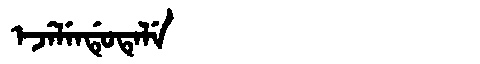
Manchu: ᡝᠵᡝᠯᡝᠨᡩᡠᡨᡝᠯᡝ
Romanization: EJELENDUTELE